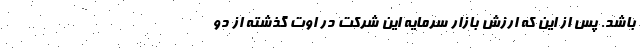
باشد. پس از این که ارزش بازار سرمایه این شرکت در اوت گذشته از دو